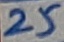
Text: 25